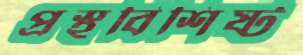
প্রস্থবিশিষ্ট